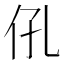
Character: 𱎧